Piroplasma canis and its life cycle in the tick - Number 29
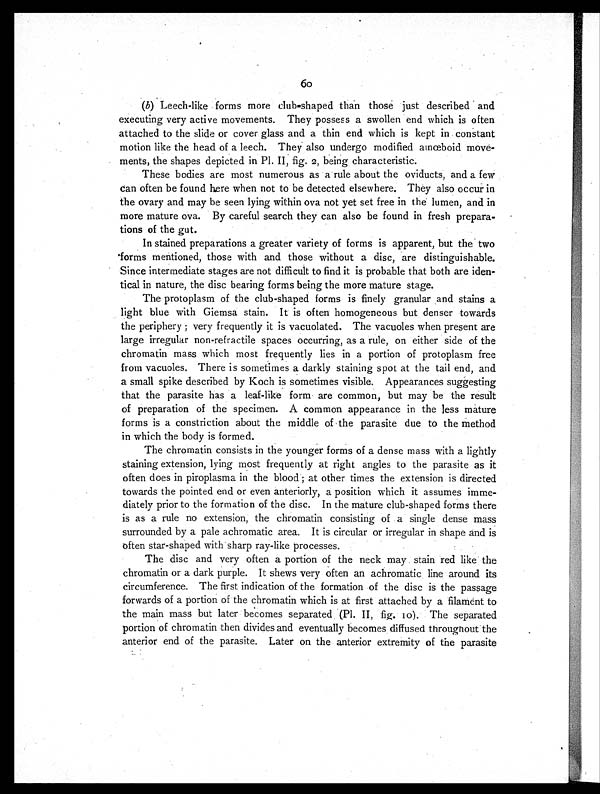
60
(b) Leech-like forms more club-shaped than those just described and
executing very active movements. They possess a swollen end which is often
attached to the slide or cover glass and a thin end which is kept in constant
motion like the head of a leech. They also undergo modified amœboid move-
ments, the shapes depicted in P1. II, fig. 2, being characteristic.
These bodies are most numerous as a rule about the oviducts, and a few
can often be found here when not to be detected elsewhere. They also occur in
the ovary and may be seen lying within ova not yet set free in the lumen, and in
more mature ova. By careful search they can also be found in fresh prepara-
tions of the gut.
In stained preparations a greater variety of forms is apparent, but the two
forms mentioned, those with and those without a disc, are distinguishable.
Since intermediate stages are not difficult to find it is probable that both are iden-
tical in nature, the disc bearing forms being the more mature stage.
The protoplasm of the club-shaped forms is finely granular and stains a
light blue with Giemsa stain. It is often homogeneous but denser towards
the periphery; very frequently it is vacuolated. The vacuoles when present are
large irregular non-refractile spaces occurring, as a rule, on either side of the
chromatin mass which most frequently lies in a portion of protoplasm free
from vacuoles. There is sometimes a darkly staining spot at the tail end, and
a small spike described by Koch is sometimes visible. Appearances suggesting
that the parasite has a leaf-like form are common, but may be the result
of preparation of the specimen. A common appearance in the less mature
forms is a constriction about the middle of the parasite due to the method
in which the body is formed.
The chromatin consists in the younger forms of a dense mass with a lightly
staining extension, lying most frequently at right angles to the parasite as it
often does in piroplasma in the blood; at other times the extension is directed
towards the pointed end or even anteriorly, a position which it assumes imme-
diately prior to the formation of the disc. In the mature club-shaped forms there
is as a rule no extension, the chromatin consisting of a single dense mass
surrounded by a pale achromatic area. It is circular or irregular in shape and is
often star-shaped with sharp ray-like processes.
The disc and very often a portion of the neck may stain red like the
chromatin or a dark purple. It shews very often an achromatic line around its
circumference. The first indication of the formation of the disc is the passage
forwards of a portion of the chromatin which is at first attached by a filament to
the main mass but later becomes separated (P1. II, fig. 10). The separated
portion of chromatin then divides and eventually becomes diffused throughout the
anterior end of the parasite. Later on the anterior extremity of the parasite